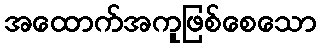
အထောက်အကူဖြစ်စေသော